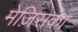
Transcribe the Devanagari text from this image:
मेज़िसका